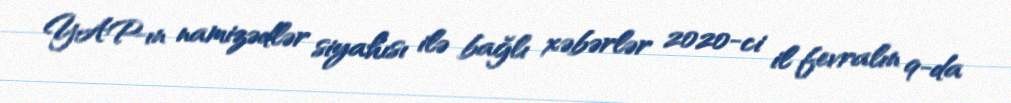
YAP-ın namizədlər siyahısı ilə bağlı xəbərlər 2020-ci il fevralın 9-da